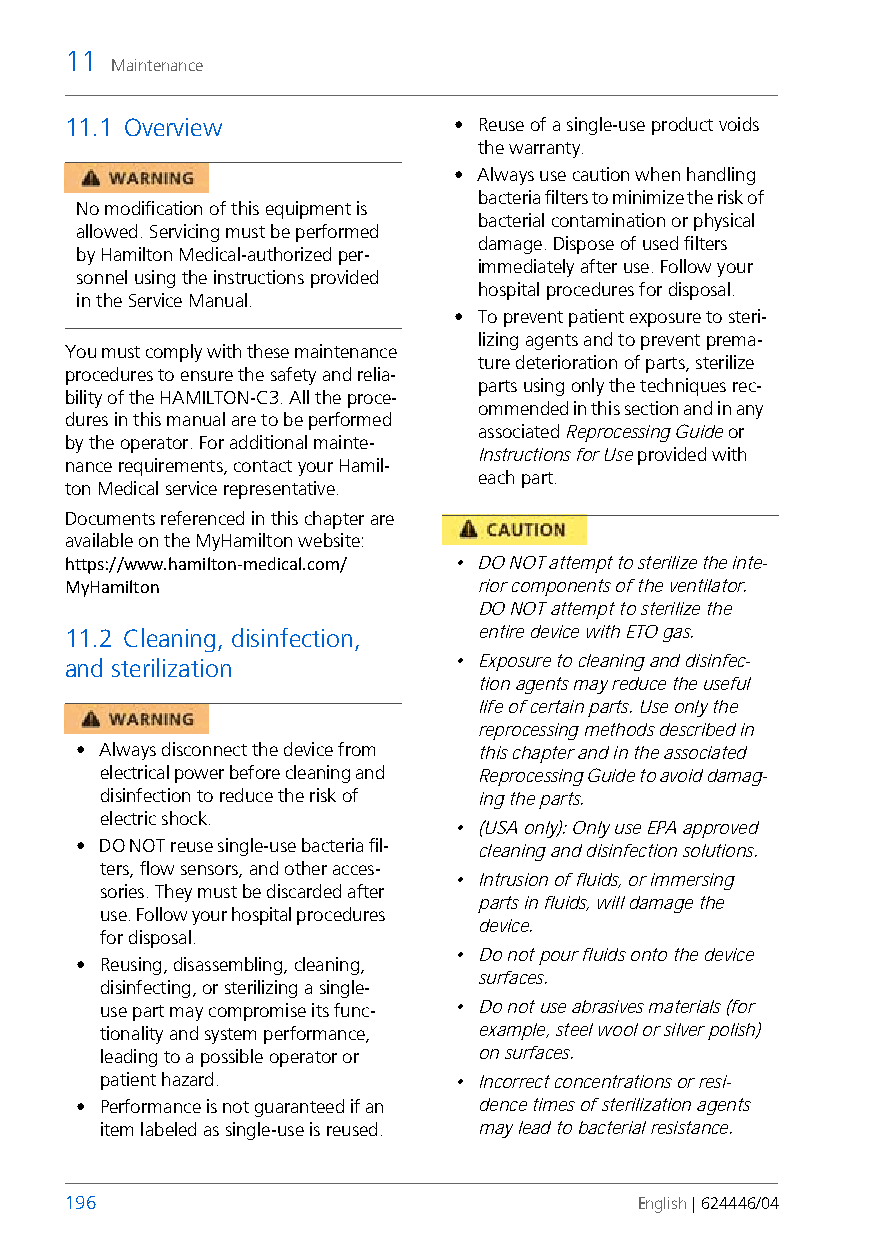
11
 Maintenance
 11.1 Overview             • Reuse of a single-use product voids
 the warranty.
 • Always use caution when handling
 bacteria filters to minimize the risk of
 No modification of this equipment is
 bacterial contamination or physical
 allowed. Servicing must be performed
 damage. Dispose of used filters
 by Hamilton Medical-authorized per-
 immediately after use. Follow your
 sonnel using the instructions provided
 hospital procedures for disposal.
 in the Service Manual.
 • To prevent patient exposure to steri-
 lizing agents and to prevent prema-
 You must comply with these maintenance
 ture deterioration of parts, sterilize
 procedures to ensure the safety and relia-
 parts using only the techniques rec-
 bility of the HAMILTON-C3. All the proce-
 ommended in this section and in any
 dures in this manual are to be performed
 associated Reprocessing Guide or
 by the operator. For additional mainte-
 Instructions for Use provided with
 nance requirements, contact your Hamil-
 each part.
 ton Medical service representative.
 Documents referenced in this chapter are
 available on the MyHamilton website:
 https://www.hamilton-medical.com/ • DO NOT attempt to sterilize the inte-
 MyHamilton                  rior components of the ventilator.
 DO NOT attempt to sterilize the
 11.2 Cleaning, disinfection, entire device with ETO gas.
 and sterilization         • Exposure to cleaning and disinfec-
 tion agents may reduce the useful
 life of certain parts. Use only the
 reprocessing methods described in
 • Always disconnect the device from this chapter and in the associated
 electrical power before cleaning and Reprocessing Guide to avoid damag-
 disinfection to reduce the risk of ing the parts.
 electric shock.
 • (USA only): Only use EPA approved
 • DO NOT reuse single-use bacteria fil- cleaning and disinfection solutions.
 ters, flow sensors, and other acces-
 • Intrusion of fluids, or immersing
 sories. They must be discarded after
 parts in fluids, will damage the
 use. Follow your hospital procedures
 device.
 for disposal.
 • Do not pour fluids onto the device
 • Reusing, disassembling, cleaning,
 surfaces.
 disinfecting, or sterilizing a single-
 use part may compromise its func- • Do not use abrasives materials (for
 tionality and system performance, example, steel wool or silver polish)
 leading to a possible operator or on surfaces.
 patient hazard.        • Incorrect concentrations or resi-
 • Performance is not guaranteed if an dence times of sterilization agents
 item labeled as single-use is reused. may lead to bacterial resistance.
 196                                   English | 624446/04